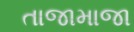
તાજામાજા